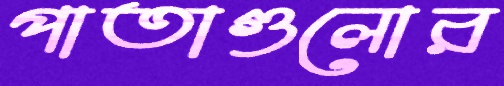
পাতাগুলোর